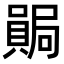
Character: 𫬊